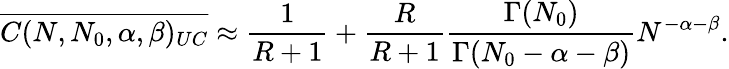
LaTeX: \overline{{C(N,N_{0},\alpha,\beta)_{UC}}}\approx\frac{1}{R+1}+\frac{R}{R+1}\frac{\Gamma(N_{0})}{\Gamma(N_{0}-\alpha-\beta)}N^{-\alpha-\beta}.